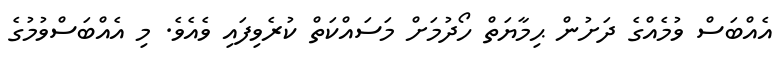
އެއްބަސް ވުމެއްގެ ދަށުން ޙިމާޔަތް ހޯދުމަށް މަސައްކަތް ކުރެވިފައި ވެއެވެ. މި އެއްބަސްވުމުގެ